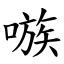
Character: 嗾